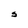
Character: S